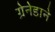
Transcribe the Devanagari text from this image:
ग्रेनेडाने